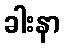
ခါးနာ